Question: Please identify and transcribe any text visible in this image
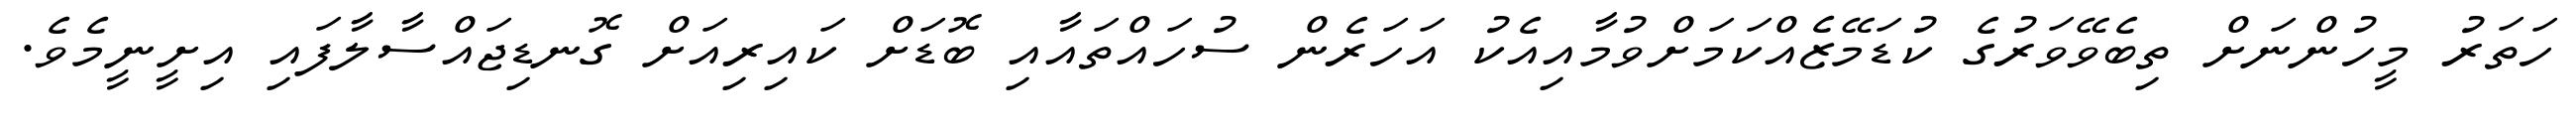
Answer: ހަތަރު މީހުންނަށް ތިބެވޭވަރުގެ ކުޑަމޭޒެއްކަމަށްވުމާއިއެކު އަހަރެން ސުހައްތައާއި ބޮޑަށް ކައިރިއަށް ގޮނޑިޖައްސާލާފައި އިށީނީމެވެ.